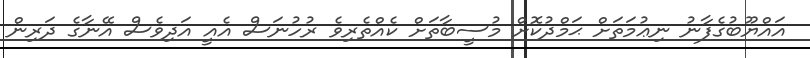
އައްޔޫބުގެފާނު ނިޢުމަތަށް ޙަމްދުކޮށް މުސީބާތަށް ކެއްތެރިވެ ރުހުނަސް އެއީ އަދިވެސް އޭނާގެ ދަރިން